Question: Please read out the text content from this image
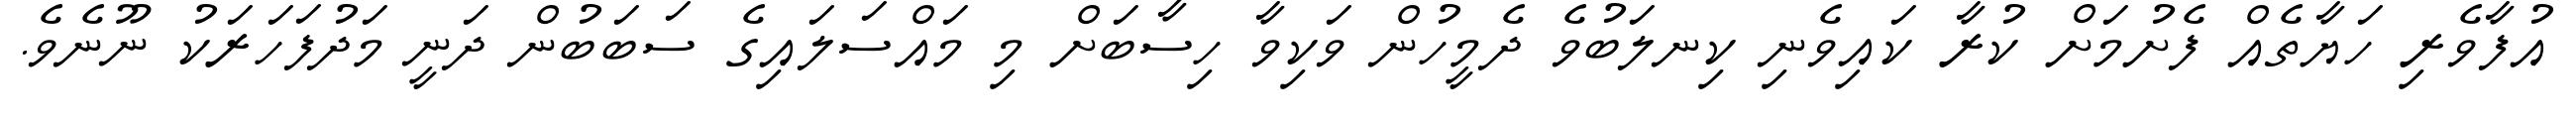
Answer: އުފާވެރި ހަޔާތެއް ފެށުމަށް ކުރާ ކައިވެނި ކިނލަބުވެ ދެމީހުން ވަކިވާ ހިސާބަށް މި މައްސަލައިގެ ސަބަބުން ދަނީ މަދުފަހަރަކު ނޫނެވެ.